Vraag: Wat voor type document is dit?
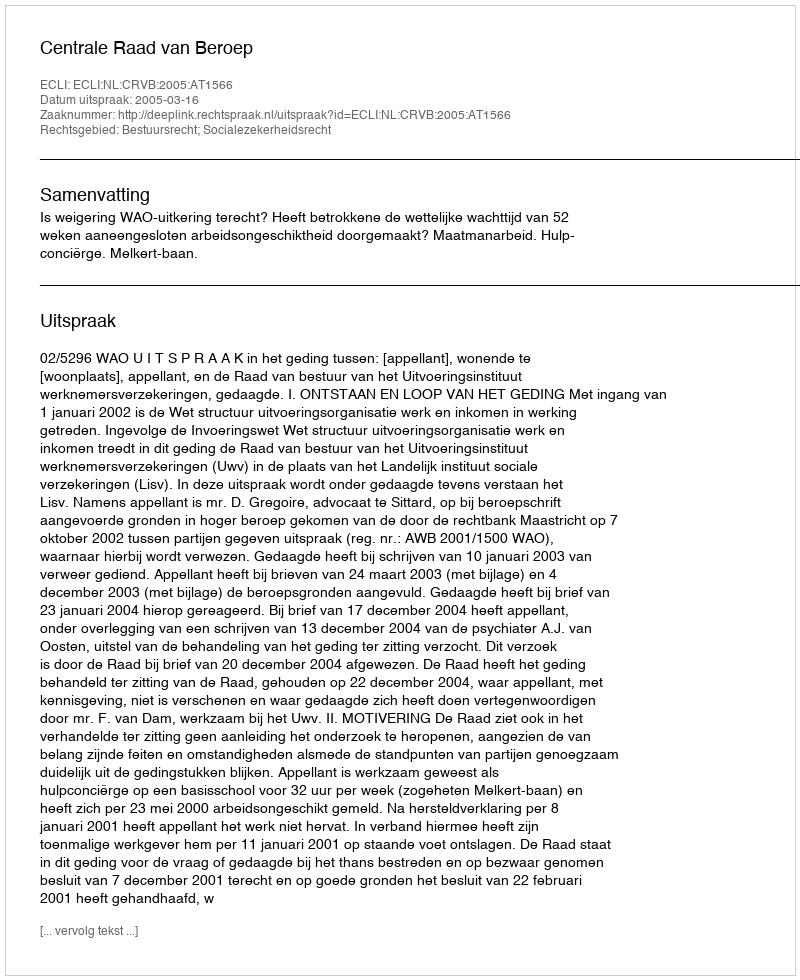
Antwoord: Uitspraak